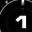
Digit: 1